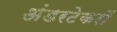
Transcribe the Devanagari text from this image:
अंडरटेकरों